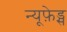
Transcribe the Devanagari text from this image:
न्यूफ़ेड्स